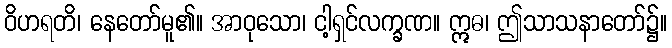
ဝိဟရတိ၊ နေတော်မူ၏။ အာဝုသော၊ ငါ့ရှင်လက္ခဏ။ ဣဓ၊ ဤသာသနာတော်၌။